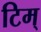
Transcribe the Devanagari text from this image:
टिम्‌